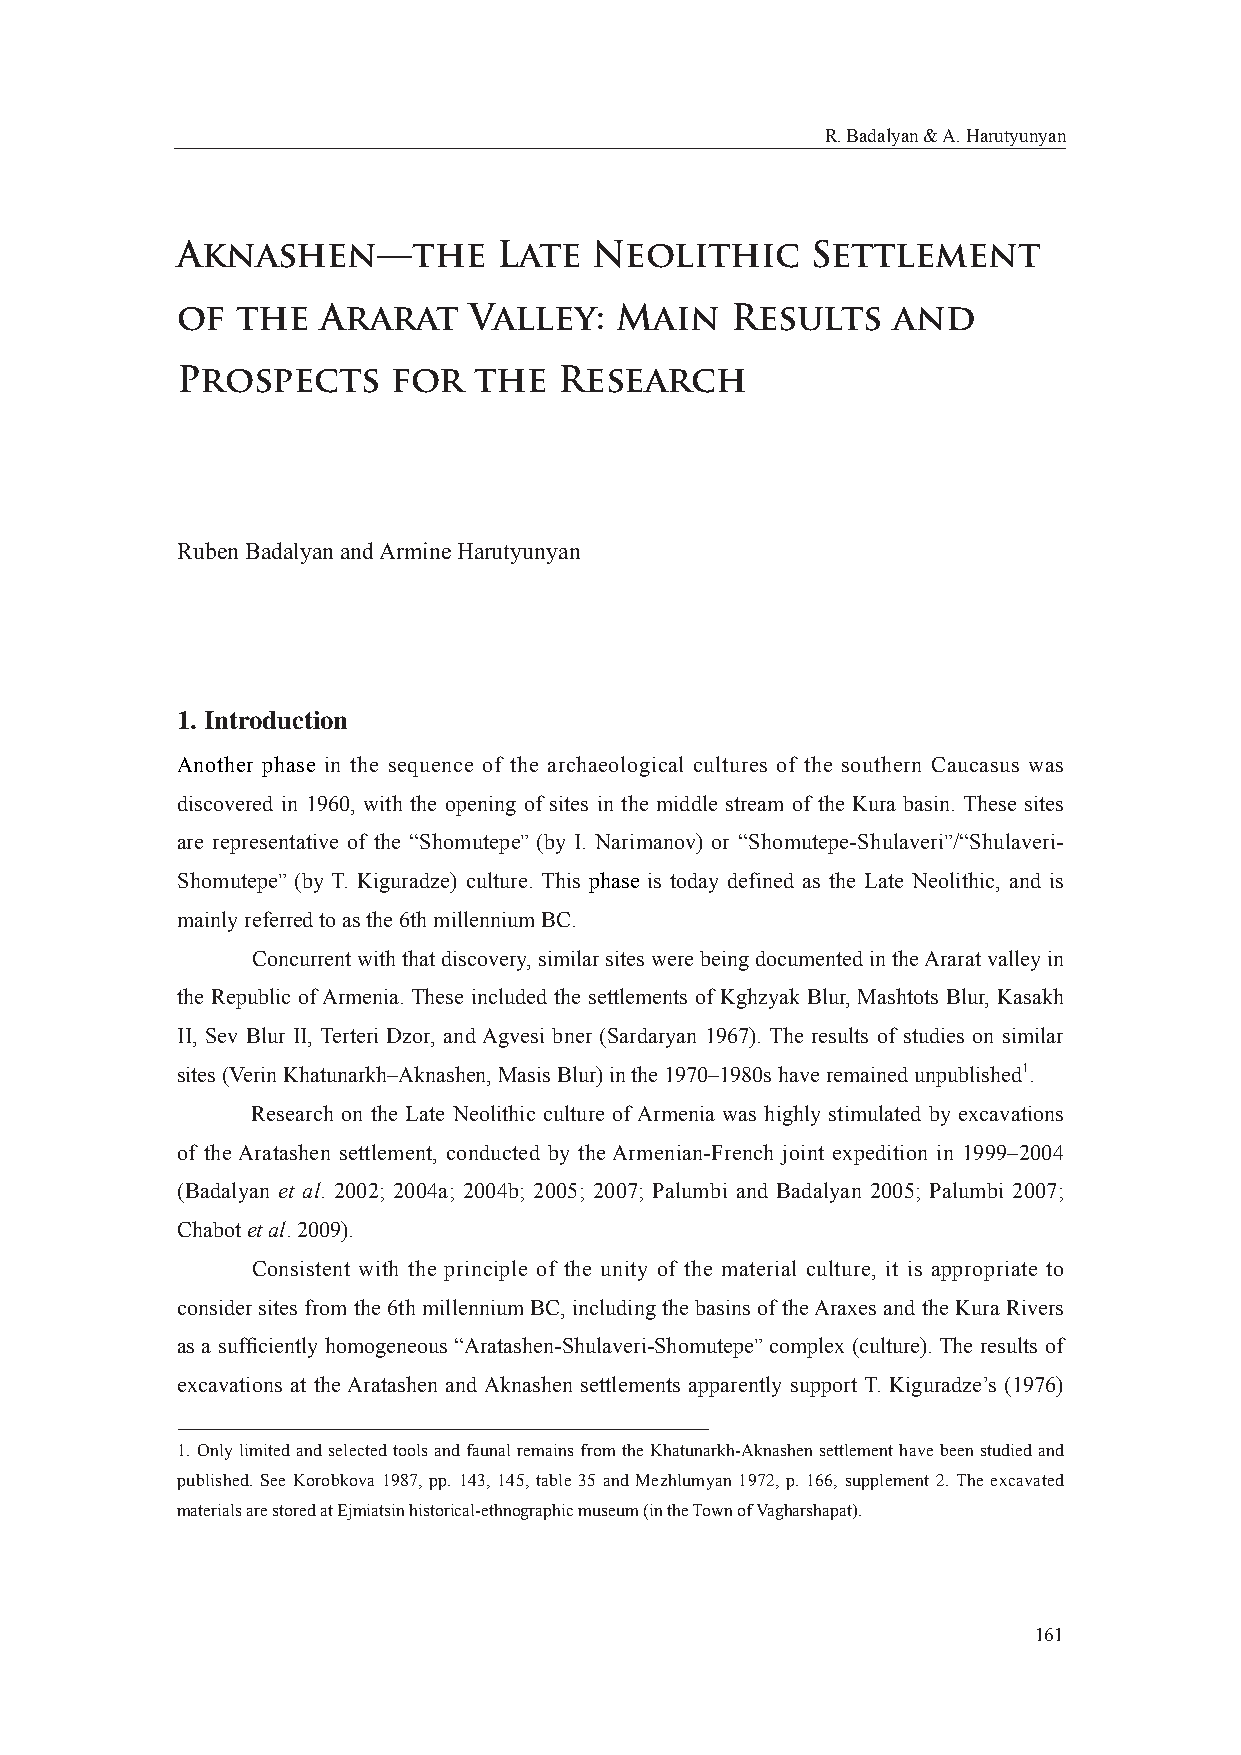
R. Badalyan & A. Harutyunyan
 Aknashen—the         Late  Neolithic      Settlement
 of  the  Ararat    Valley:   Main   Results    and
 Prospects     for  the   Research
 Ruben Badalyan and Armine Harutyunyan
 1. Introduction
 Another phase in the sequence of the archaeological cultures of the southern Caucasus was
 discovered in 1960, with the opening of sites in the middle stream of the Kura basin. These sites
 are representative of the “Shomutepe” (by I. Narimanov) or “Shomutepe-Shulaveri”/“Shulaveri-
 Shomutepe” (by T. Kiguradze) culture. This phase is today defined as the Late Neolithic, and is
 mainly referred to as the 6th millennium BC.
 Concurrent with that discovery, similar sites were being documented in the Ararat valley in
 the Republic of Armenia. These included the settlements of Kghzyak Blur, Mashtots Blur, Kasakh
 II, Sev Blur II, Terteri Dzor, and Agvesi bner (Sardaryan 1967). The results of studies on similar
 sites (Verin Khatunarkh–Aknashen, Masis Blur) in the 1970–1980s have remained unpublished1.
 Research on the Late Neolithic culture of Armenia was highly stimulated by excavations
 of the Aratashen settlement, conducted by the Armenian-French joint expedition in 1999–2004
 (Badalyan et al. 2002; 2004a; 2004b; 2005; 2007; Palumbi and Badalyan 2005; Palumbi 2007;
 Chabot et al. 2009).
 Consistent with the principle of the unity of the material culture, it is appropriate to
 consider sites from the 6th millennium BC, including the basins of the Araxes and the Kura Rivers
 as a suffi ciently homogeneous “Aratashen-Shulaveri-Shomutepe” complex (culture). The results of
 excavations at the Aratashen and Aknashen settlements apparently support T. Kiguradze’s (1976)
 1. Only limited and selected tools and faunal remains from the Khatunarkh-Aknashen settlement have been studied and
 published. See Korobkova 1987, pp. 143, 145, table 35 and Mezhlumyan 1972, p. 166, supplement 2. The excavated
 materials are stored at Ejmiatsin historical-ethnographic museum (in the Town of Vagharshapat).
 161